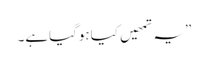
”یہ تمھیں کیاہوگیاہے۔